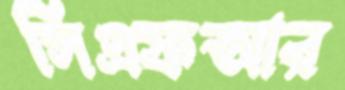
সিএফআর